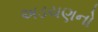
અડચણનો